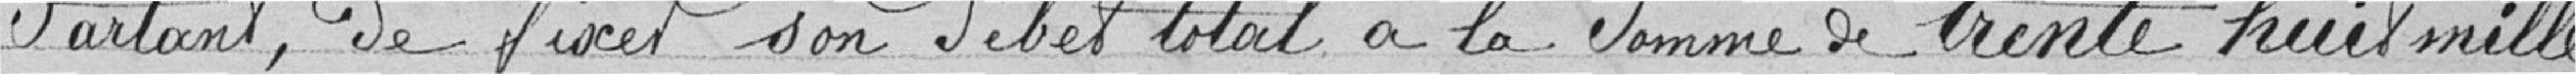
Partant de fixer son débet total à la somme de trente huit mille